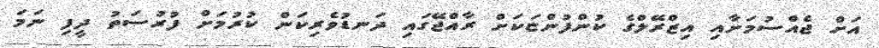
އަށް ޖެއްސުމަށާއި އިޒްރޭލްގެ ކުންފުންޏަކަށް ރާއްޖޭގައި ދަނޑުވެރިކަން ކުރުމަށް ފުރުސަތު ދީފި ނަމަ